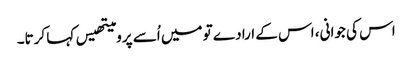
اس کی جوانی، اس کے ارادے تو میں اُسے پرومیتھیس کہا کرتا۔